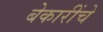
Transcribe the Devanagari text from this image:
बेकारींचे